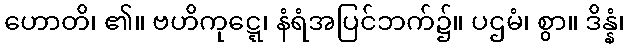
ဟောတိ၊ ၏။ ဗဟိကုဋ္ဋေ၊ နံရံအပြင်ဘက်၌။ ပဌမံ၊ စွာ။ ဒိန္နံ၊